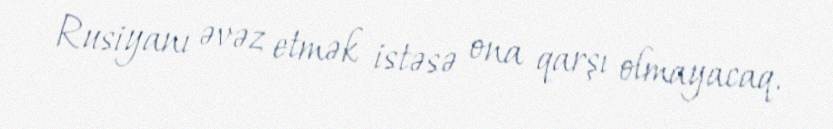
Rusiyanı əvəz etmək istəsə ona qarşı olmayacaq.